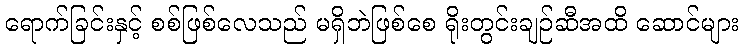
ရောက်ခြင်းနှင့် စစ်ဖြစ်လေသည် မရှိဘဲဖြစ်စေ ရိုးတွင်းချဉ်ဆီအထိ ဆောင်များ